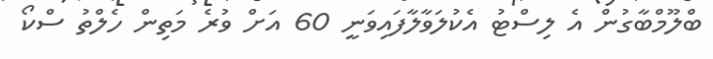
ބްލޫމްބާގުން އެ ލިސްޓު އެކުލަވާލާފައިވަނީ 60 އަށް ވުރެ މަތިން ހެލްތު ސްކޯ